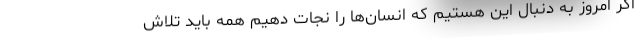
اگر امروز به دنبال این هستیم که انسان‌ها را نجات دهیم همه باید تلاش